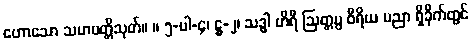
ဟောသော သမာပတ္တိသုတ်။ ။ ၅-ပါ-၄၊ ဋ္ဌ-၂၊ သဒ္ဓါ ဟိရီ ဩတ္တပ္ပ ဝီရိယ ပညာ ရှိခိုက်တွင်